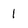
Character: 1